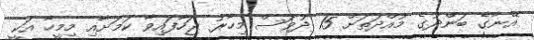
އޭނާގެ ބަންދުގެ މުއްދަތަށް 15 ދުވަސް މިހާރު ޖަހާފައިވާ ކަމަށާއި މިމީހާ އަކީ